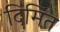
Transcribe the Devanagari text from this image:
दिमित